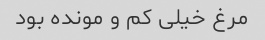
مرغ خیلی کم و مونده بود